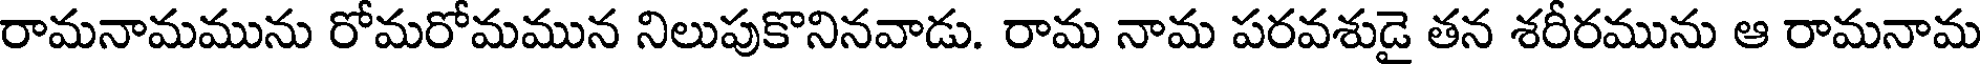
రామనామమును రోమరోమమున నిలుపుకొనినవాడు. రామ నామ పరవశుడై తన శరీరమును ఆ రామనామ